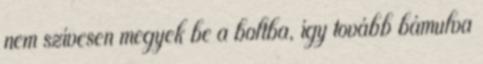
nem szívesen megyek be a boltba, így tovább bámulva